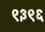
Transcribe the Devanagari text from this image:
९३९६